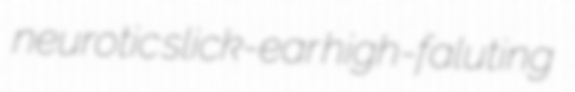
neurotic slick-ear high-faluting